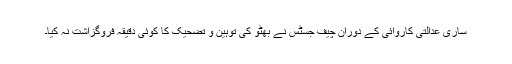
ساری عدالتی کاروائی کے دوران چیف جسٹس نے بھٹو کی توہین و تضحیک کا کوئی دقیقہ فروگزاشت نہ کیا۔